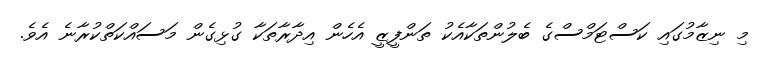
މި ނިޒާމުގައި ކަސްޓަމްސްގެ ބެލުންތަކާއެކު ތަންފީޒީ އެހެން އިދާރާތަކާ ގުޅިގެން މަސައްކަތްކުރާނެ އެވެ.